Annual report on the mental hospital in the Central Provinces and Berar (Nagpur) - 1927-1951
Year: 1927
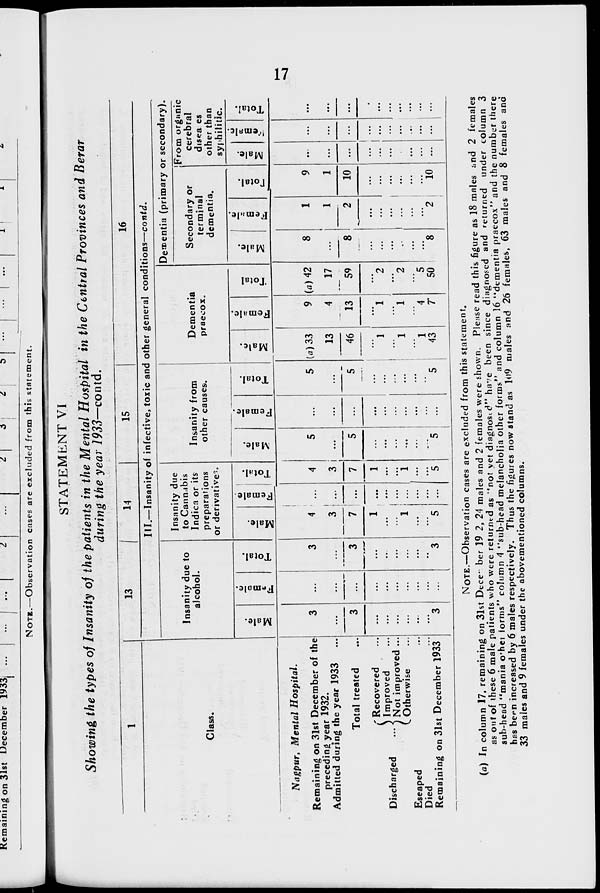
17
STATEMENT VI
Showing the types of Insanity of the patients in the Mental Hospital in the Central Provinces and Berar
during the year 1933—contd.
1
Class.
Nagpur, Mental
Hospital.
Remaining on 31st December of the
preceding year 1932.
Admitted during the year 1933 ...
Total treated ...
Discharged
...
Recovered ...
Improved ...
Not improved ...
Otherwise ...
Escaped ...
Died ...
Remaining on 31st December 1933
13
14
15
16
III.—Insanity of infective, toxic and other general conditions—contd.
Insanity due to
alcohol.
Male.
3
...
3
...
...
...
...
...
...
3
Female.
...
...
...
...
...
...
...
...
...
...
Total.
3
...
3
...
...
...
...
...
...
3
Insanity due
to Cannabis
Indica or its
preparations
or derivatives.
Male.
4
3
7
1
...
...
1
...
...
5
Female.
...
...
...
...
...
...
...
...
...
...
Total.
4
3
7
1
...
...
1
...
...
5
Insanity from
other causes.
Male.
5
...
5
...
...
...
...
...
...
5
Female.
...
...
...
...
...
...
...
...
...
...
Total.
5
...
5
...
...
...
...
...
...
5
Dementia
praecox.
Male.
(a) 33
13
46
...
1
...
1
...
1
43
Female.
9
4
13
...
1
...
1
...
4
7
Total
(a) 42
17
59
...
2
...
2
...
5
50
Dementia (primary or secondary).
Secondary or
terminal
dementia.
Male.
8
...
8
...
...
...
...
...
...
8
Female.
1
1
2
...
...
...
...
...
...
2
Total.
9
1
10
...
...
...
...
...
...
10
From organic
cerebral
diseases
other than
syphilitic.
Male.
...
...
...
...
...
...
...
...
...
...
Female.
...
...
...
...
...
...
...
...
...
...
Total.
...
...
...
...
...
...
...
...
...
...
NOTE.—Observation cases are excluded from this statement.
(a) In column 17, remaining on 31st December 1932, 24 males and 2 females were shown. Please read this figure as 18 males and 2 females
as out of these 6 male patients who were returned as "not yet diagnosed" have been since diagnosed and returned under column 3
sub-head "mania other forms" column 4 "sub-head melancholia other forms" and column 16 "dementia praecox" and the number there
has been increased by 6 males respectively. Thus the figures now stand as 109 males and 26 females, 63 males and 8 females and
33 males and 9 females under the abovementioned columns.